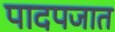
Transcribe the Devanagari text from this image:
पादपजात